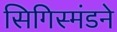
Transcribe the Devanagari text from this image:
सिगिस्मंडने